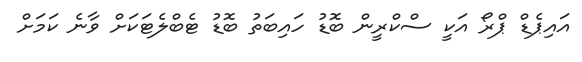
އައިޕެޑް ޕްރޯ އަކީ ސްކްރީން ބޮޑު ހައިބަތު ބޮޑު ޓެބްލެޓަކަށް ވާނެ ކަމަށް